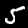
Label: 5